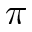
\pi